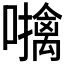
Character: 𫬜